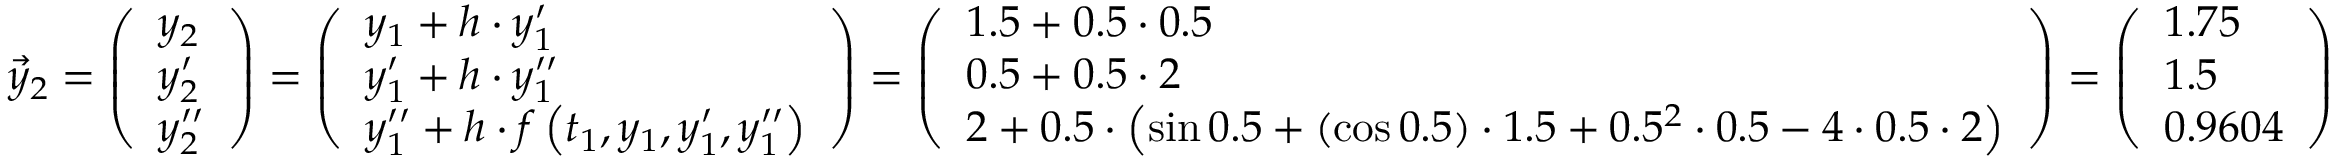
{ \vec { y } } _ { 2 } = { \left( \begin{array} { l } { y _ { 2 } } \\ { y _ { 2 } ^ { \prime } } \\ { y _ { 2 } ^ { \prime \prime } } \end{array} \right) } = { \left( \begin{array} { l } { y _ { 1 } + h \cdot y _ { 1 } ^ { \prime } } \\ { y _ { 1 } ^ { \prime } + h \cdot y _ { 1 } ^ { \prime \prime } } \\ { y _ { 1 } ^ { \prime \prime } + h \cdot f \left( t _ { 1 } , y _ { 1 } , y _ { 1 } ^ { \prime } , y _ { 1 } ^ { \prime \prime } \right) } \end{array} \right) } = { \left( \begin{array} { l } { 1 . 5 + 0 . 5 \cdot 0 . 5 } \\ { 0 . 5 + 0 . 5 \cdot 2 } \\ { 2 + 0 . 5 \cdot \left( \sin { 0 . 5 } + ( \cos { 0 . 5 } ) \cdot 1 . 5 + 0 . 5 ^ { 2 } \cdot 0 . 5 - 4 \cdot 0 . 5 \cdot 2 \right) } \end{array} \right) } = { \left( \begin{array} { l } { 1 . 7 5 } \\ { 1 . 5 } \\ { 0 . 9 6 0 4 } \end{array} \right) }